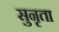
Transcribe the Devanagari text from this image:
सुनृता